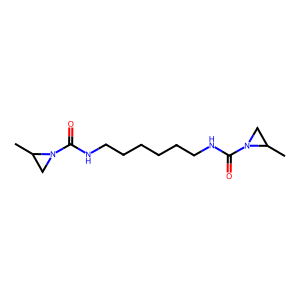
SMILES: CC1CN1C(=O)NCCCCCCNC(=O)N1CC1C
Inhibits HIV replication: No